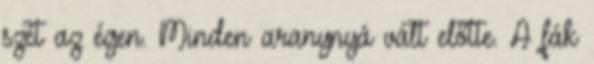
szét az égen. Minden aranynyá vált előtte. A fák